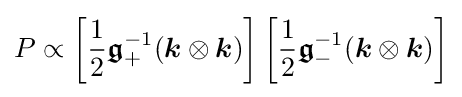
P\propto \left[{\frac {1}{2}}{\boldsymbol {\mathfrak {g}}}_{+}^{-1}({\boldsymbol {k}}\otimes {\boldsymbol {k}})\right]\left[{\frac {1}{2}}{\boldsymbol {\mathfrak {g}}}_{-}^{-1}({\boldsymbol {k}}\otimes {\boldsymbol {k}})\right]